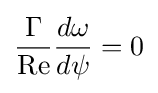
{\frac {\Gamma }{\mathrm {Re} }}{\frac {d\omega }{d\psi }}=0